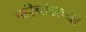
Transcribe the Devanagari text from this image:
परिच्छेदाच्या